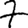
Digit: 7